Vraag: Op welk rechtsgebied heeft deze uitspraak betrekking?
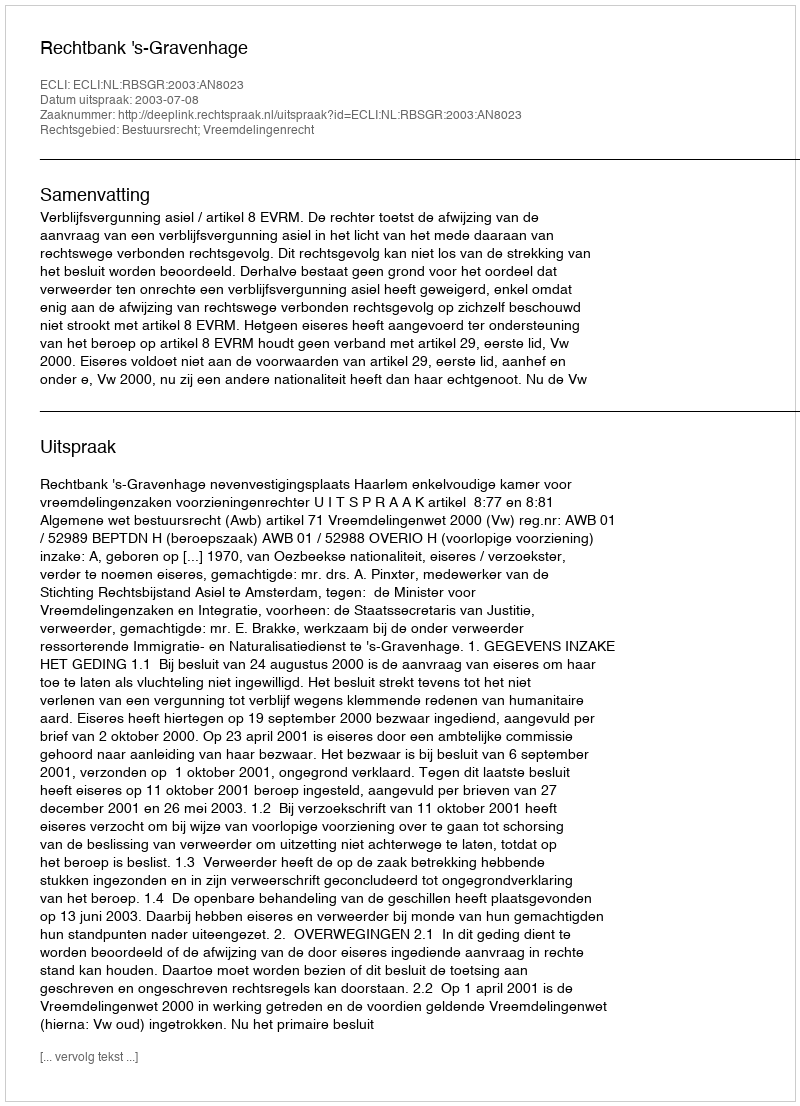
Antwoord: Bestuursrecht; Vreemdelingenrecht